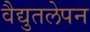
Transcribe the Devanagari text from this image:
वैद्युतलेपन